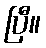
ပြီ။